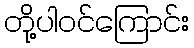
တို့ပါဝင်ကြောင်း